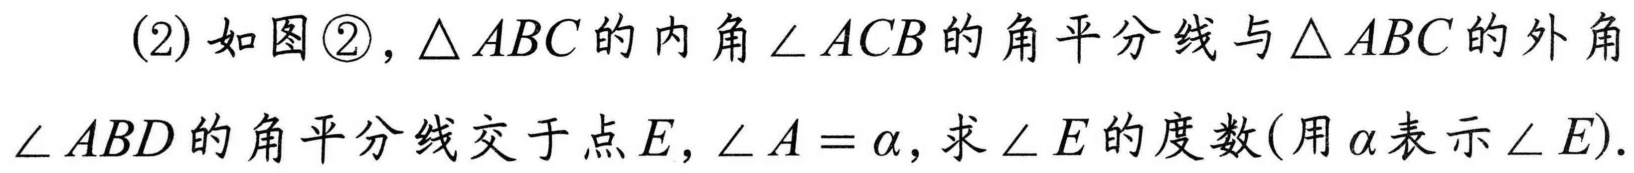
(2) 如图\textcircled{2}，\(\triangle ABC\)的内角\(\angle ACB\)的角平分线与\(\triangle ABC\)的外角\(\angle ABD\)的角平分线交于点\(E\)，\(\angle A=\alpha\)，求\(\angle E\)的度数(用\(\alpha\)表示\(\angle E\)).